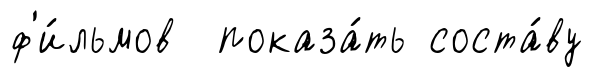
ф'и́льмов показа́ть соста́ву